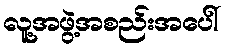
လူ့အဖွဲ့အစည်းအပေါ်